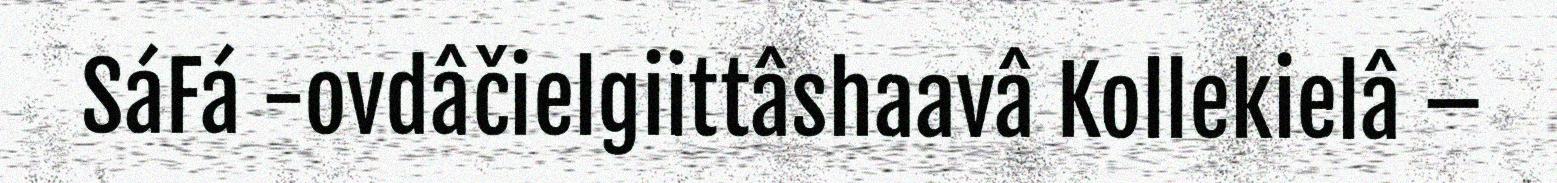
SáFá -ovdâčielgiittâshaavâ Kollekielâ –